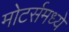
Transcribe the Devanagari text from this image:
मोटर्समध्ये